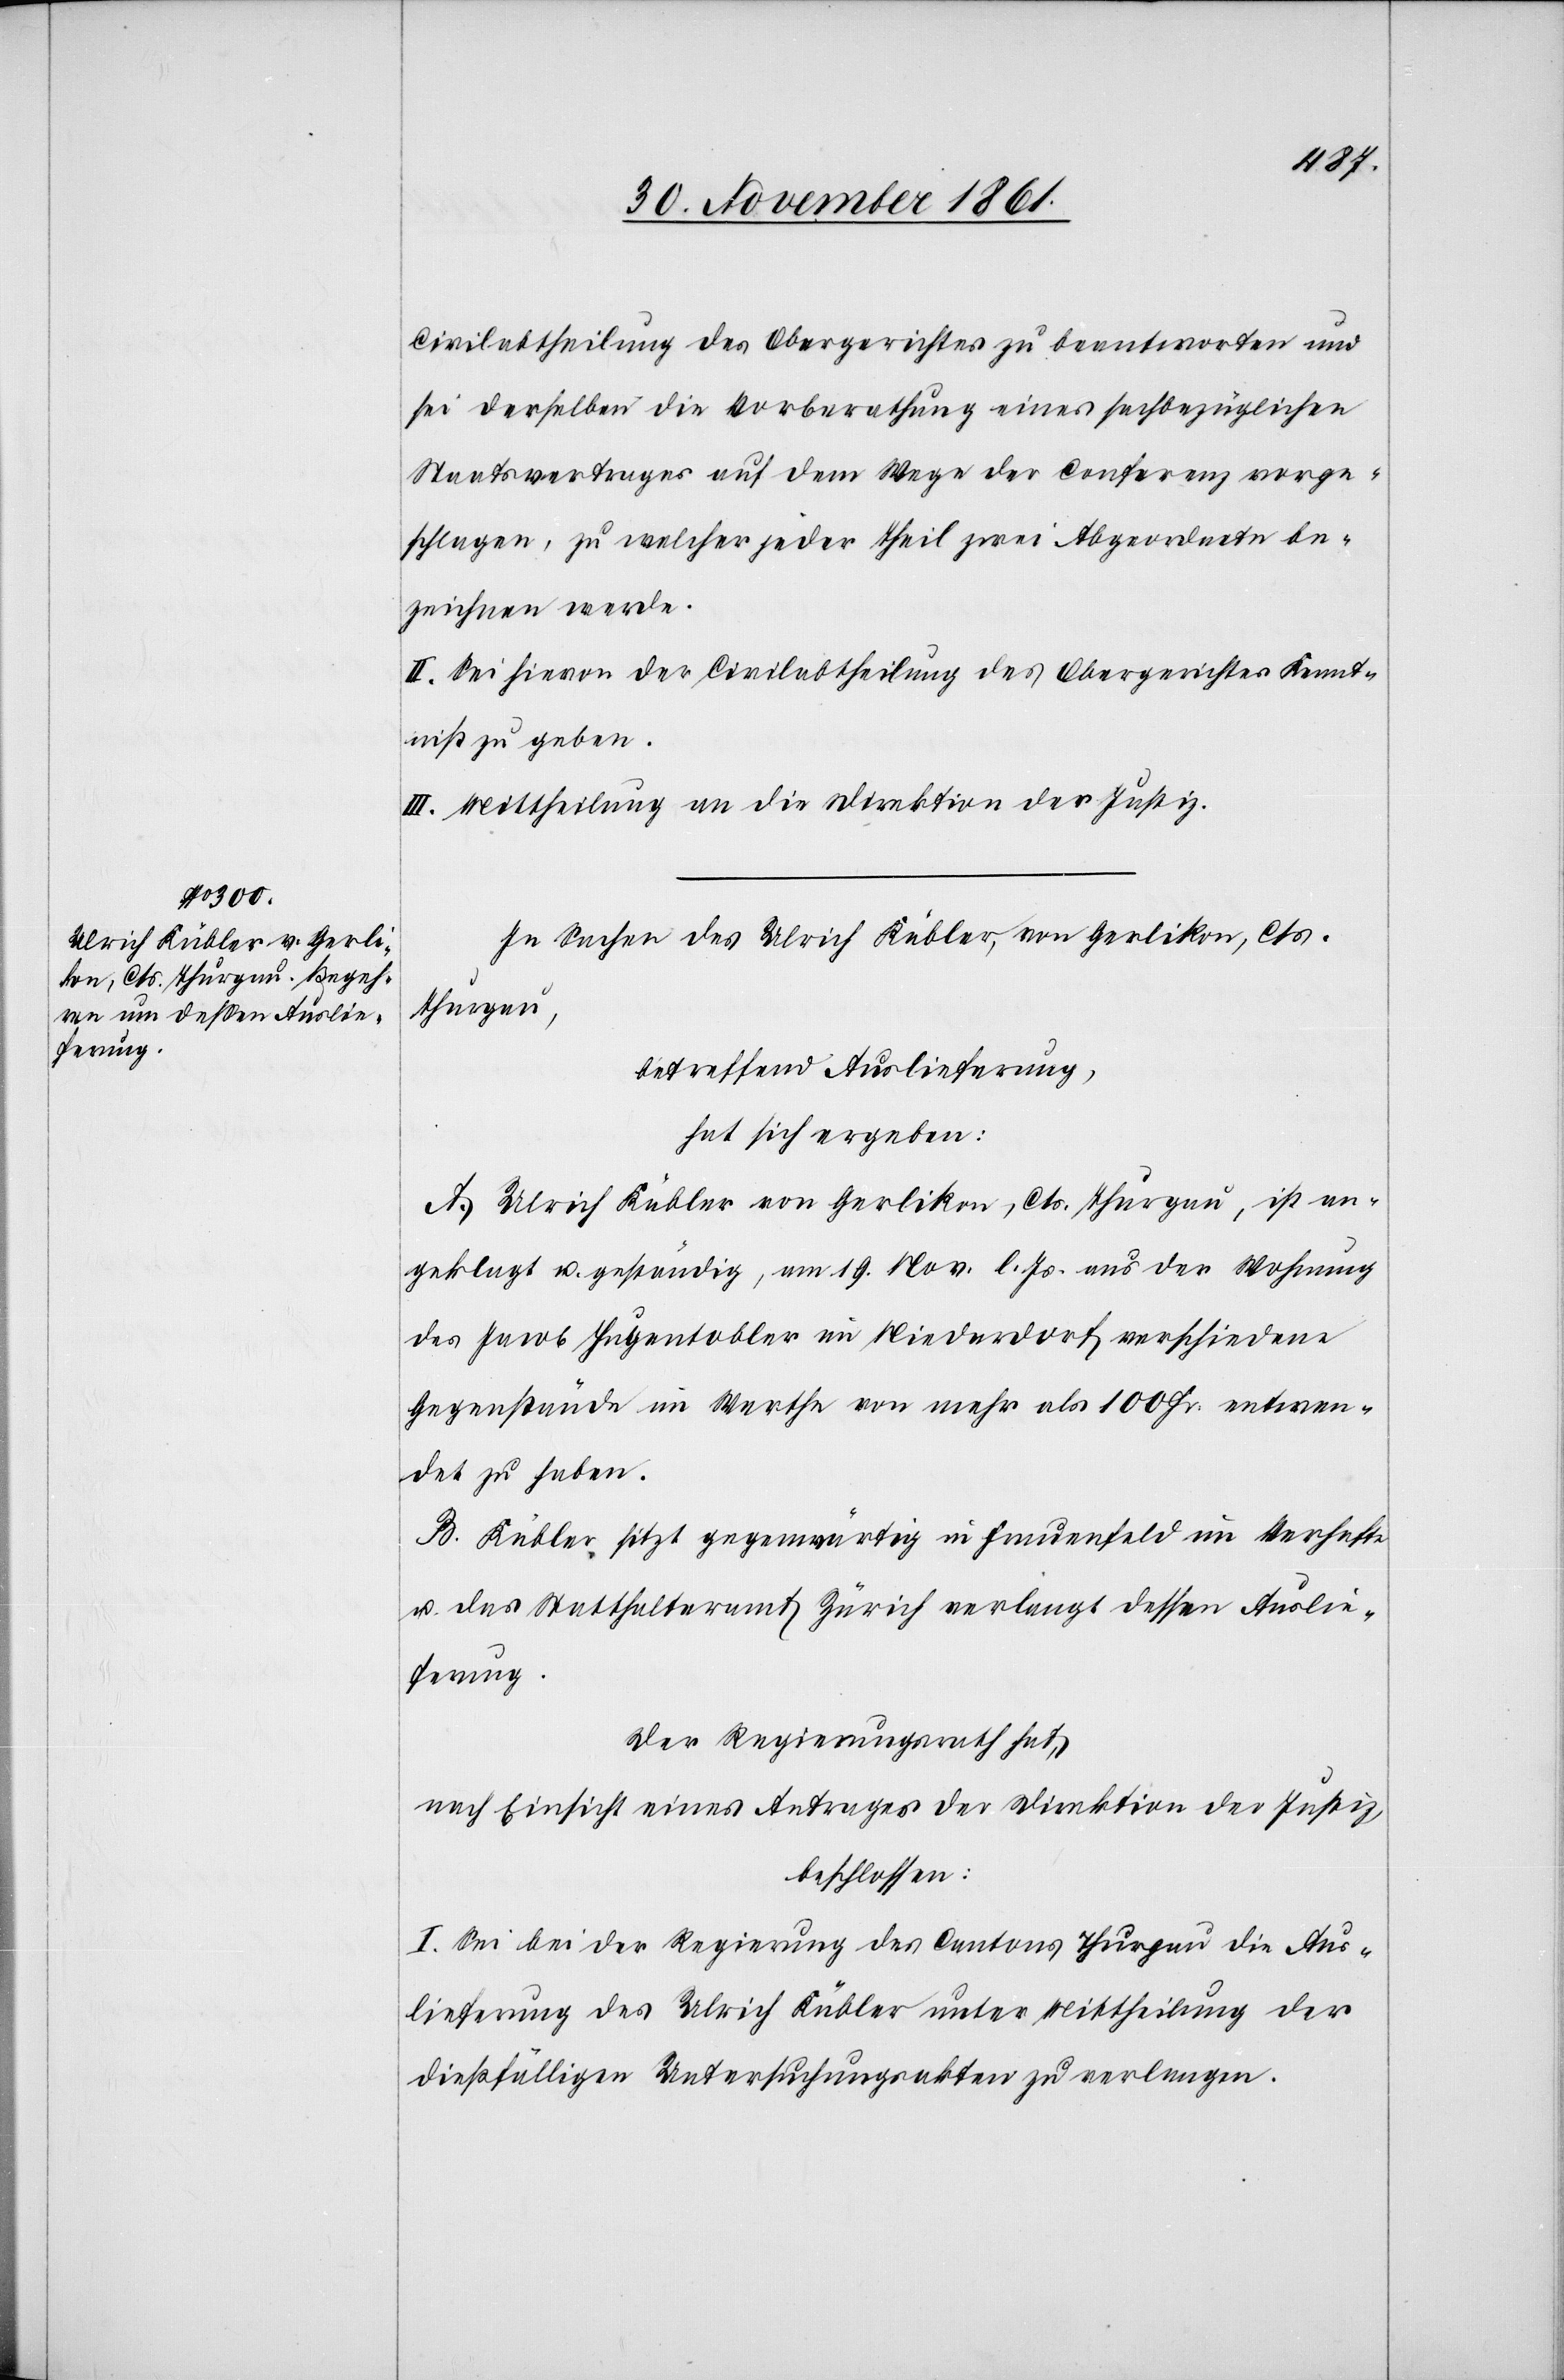
Civilabtheilung des Obergerichtes zu beantworten und
sei derselben die Vorberathung eines sachbezüglichen
Staatsvertrages auf dem Wege der Conferenz vorge¬
schlagen, zu welcher jeder Theil zwei Abgeordnete be¬
zeichnen werde.
II. Sei hievon der Civilabtheilung des Obergerichtes Kennt¬
niß zu geben.
III. Mittheilung an die Direktion der Justiz.
In Sachen des Ulrich Kübler, von Gerlikon, Cts.
Thurgau,
betreffend Auslieferung,
hat sich ergeben:
A. Ulrich Kübler von Gerlikon, Cts. Thurgau, ist an¬
geklagt u. geständig, am 19 Nov. l. Js. aus der Wohnung
des Jacob Hugentobler im Niederdorf verschiedene
Gegenstände im Werthe von mehr als 100 Fr. entwen¬
det zu haben.
B. Kübler sitzt gegenwärtig in Frauenfeld im Verhafte
u. das Statthalteramt Zürich verlangt dessen Auslie¬
ferung.
Der Regierungsrath hat,
nach Einsicht eines Antrages der Direktion der Justiz,
beschlossen:
I. Sei bei der Regierung des Cantons Thurgau die Aus¬
lieferung des Ulrich Kübler unter Mittheilung der
dießfälligen Untersuchungsakten zu verlangen.